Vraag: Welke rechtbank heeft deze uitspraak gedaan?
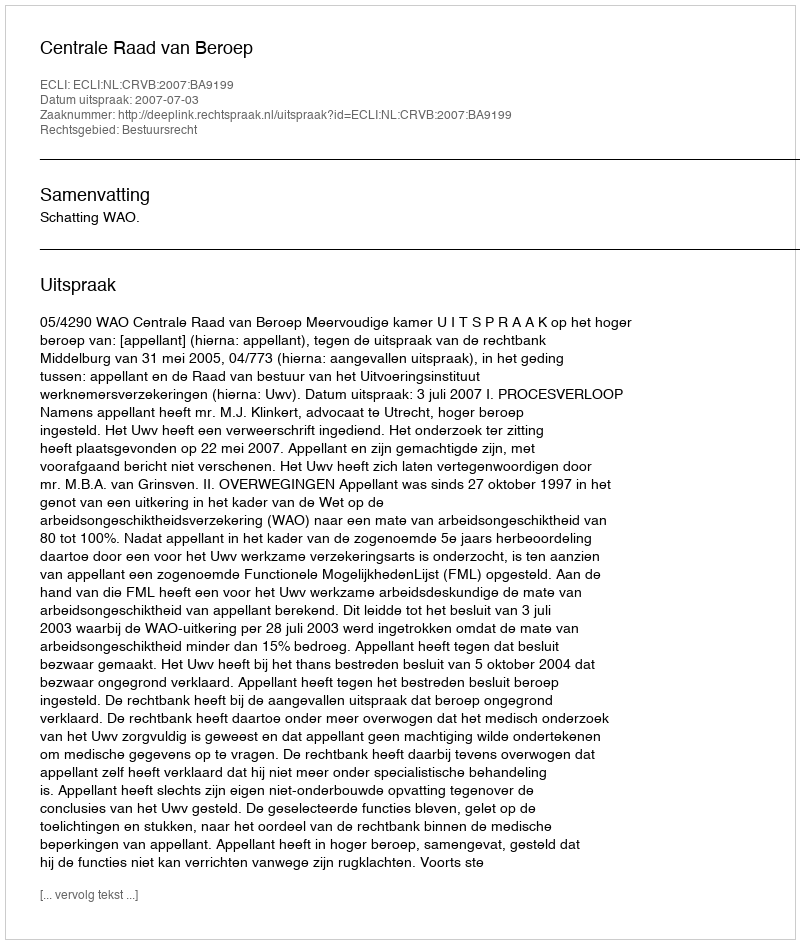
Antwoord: Centrale Raad van Beroep